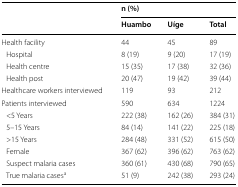
<table><thead><tr><td rowspan="2"></td><td colspan="3"><b>n (%)</b></td></tr><tr><td><b>Huambo</b></td><td><b>Uíge</b></td><td><b>Total</b></td></tr></thead><tbody><tr><td>Health facility</td><td>44</td><td>45</td><td>89</td></tr><tr><td> Hospital</td><td>8 (19)</td><td>9 (20)</td><td>17 (19)</td></tr><tr><td> Health centre</td><td>15 (35)</td><td>17 (38)</td><td>32 (36)</td></tr><tr><td> Health post</td><td>20 (47)</td><td>19 (42)</td><td>39 (44)</td></tr><tr><td>Healthcare workers interviewed</td><td>119</td><td>93</td><td>212</td></tr><tr><td>Patients interviewed</td><td>590</td><td>634</td><td>1224</td></tr><tr><td> &lt;5 Years</td><td>222 (38)</td><td>162 (26)</td><td>384 (31)</td></tr><tr><td> 5–15 Years</td><td>84 (14)</td><td>141 (22)</td><td>225 (18)</td></tr><tr><td> &gt;15 Years</td><td>284 (48)</td><td>331 (52)</td><td>615 (50)</td></tr><tr><td> Female</td><td>367 (62)</td><td>396 (62)</td><td>763 (62)</td></tr><tr><td> Suspect malaria cases</td><td>360 (61)</td><td>430 (68)</td><td>790 (65)</td></tr><tr><td> True malaria cases<sup>a</sup></td><td>51 (9)</td><td>242 (38)</td><td>293 (24)</td></tr></tbody></table>